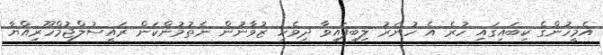
އެމީހުންގެ ކިބައިގައި ހުރެ އެ ހުނަރު ލިބިފައިވާ ދިވެހި ޒުވާނުން ނެތުމުންކަން ރައީސުލްޖުމްހޫރިއްޔާ